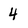
Character: 4